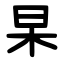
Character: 杲